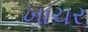
ખાચર